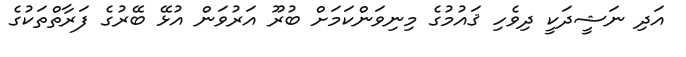
އަދި ނަޝީދަކީ ދިވެހި ޤައުމުގެ މިނިވަންކަމަށް ބުރޫ އަރުވަން އުޅޭ ބޭރުގެ ފަރާތްތަކުގެ